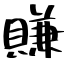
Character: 賺